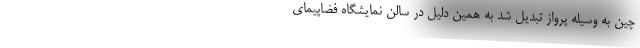
چین به وسیله پرواز تبدیل شد به همین دلیل در سالن نمایشگاه فضاپیمای